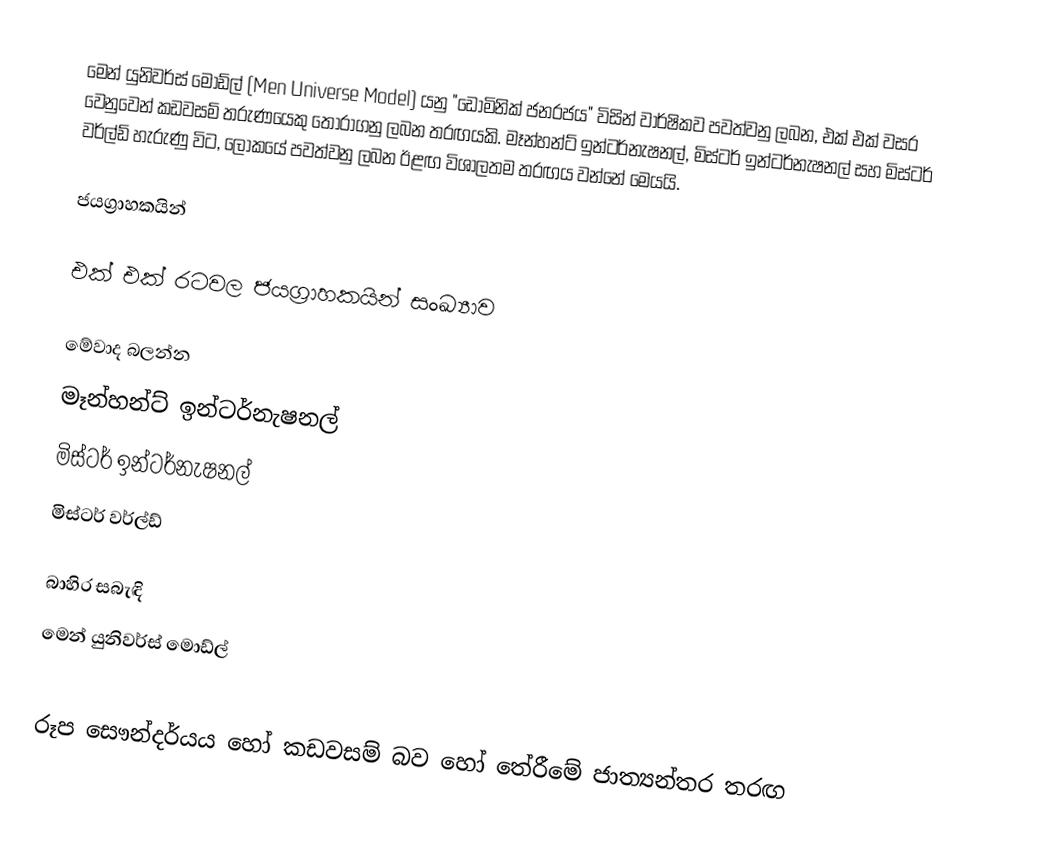
මෙන් යුනිවර්ස් මොඩ්ල් (Men Universe Model) යනු "ඩොමිනික් ජනරජය" විසින් වාර්ෂිකව පවත්වනු ලබන, එක් එක් වසර වෙනුවෙන් කඩවසම් තරුණයෙකු තෝරාගනු ලබන තරඟයකි. මෑන්හන්ට් ඉන්ටර්නැෂනල්, මිස්ටර් ඉන්ටර්නැෂනල් සහ මිස්ටර් වර්ල්ඩ් හැරුණු විට, ලෝකයේ පවත්වනු ලබන ඊළඟ විශාලතම තරඟය වන්නේ මෙයයි.

ජයග්‍රාහකයින්

එක් එක් රටවල ජයග්‍රාහකයින් සංඛ්‍යාව

මේවාද බලන්න
 මෑන්හන්ට් ඉන්ටර්නැෂනල්
 මිස්ටර් ඉන්ටර්නැෂනල්
 මිස්ටර් වර්ල්ඩ්

බාහිර සබැඳි
 මෙන් යුනිවර්ස් මොඩ්ල්

රූප සෞන්දර්යය හෝ කඩවසම් බව හෝ තේරීමේ ජාත්‍යන්තර තරඟ